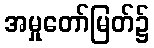
အမှုတော်မြတ်၌